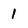
Character: 1